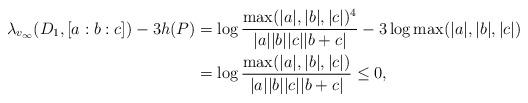
LaTeX: \begin{align*}\lambda_{v_\infty}(D_1,[a:b:c]) - 3 h(P) &= \log \frac{\max(|a|,|b|,|c|)^4}{|a| |b| |c| |b+c|} - 3 \log \max(|a|,|b|,|c|) \\&= \log \frac{\max(|a|,|b|,|c|)}{|a| |b| |c| |b+c|} \le 0,\end{align*}